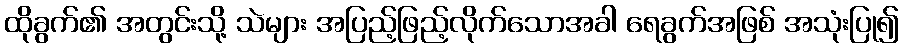
ထိုခွက်၏ အတွင်းသို့ သဲများ အပြည့်ဖြည့်လိုက်သောအခါ ရေခွက်အဖြစ် အသုံးပြု၍